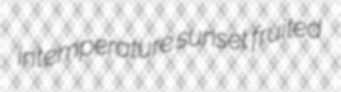
intemperature sunset fruited